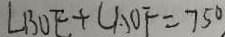
\angle B O E + \angle A O F = 7 5 ^ { \circ }